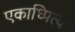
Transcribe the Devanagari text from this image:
एकाध्पित्य